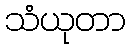
သံယုတာ